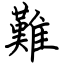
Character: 難